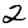
Digit: 2